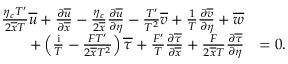
\begin{array} { r l } { \frac { \eta _ { c } T ^ { \prime } } { 2 \overline { { x } } T } \overline { { u } } + \frac { \partial \overline { { u } } } { \partial \overline { { x } } } - \frac { \eta _ { c } } { 2 \overline { { x } } } \frac { \partial \overline { { u } } } { \partial \eta } - \frac { T ^ { \prime } } { T ^ { 2 } } \overline { { v } } + \frac { 1 } { T } \frac { \partial \overline { { v } } } { \partial \eta } + \overline { { w } } } & { } \\ { + \left( \frac { \mathrm { i } } { T } - \frac { F T ^ { \prime } } { 2 \overline { { x } } T ^ { 2 } } \right) \overline { { \tau } } + \frac { F ^ { \prime } } { T } \frac { \partial \overline { { \tau } } } { \partial \overline { { x } } } + \frac { F } { 2 \overline { { x } } T } \frac { \partial \overline { { \tau } } } { \partial \eta } } & { = 0 . } \end{array}